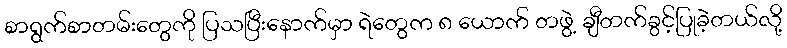
စာရွက်စာတမ်းတွေကို ပြသပြီးနောက်မှာ ရဲတွေက ၈ ယောက် တဖွဲ့ ချီတက်ခွင့်ပြုခဲ့တယ်လို့